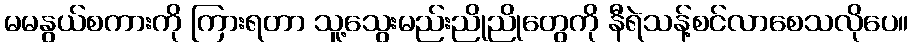
မမနွယ်စကားကို ကြားရတာ သူ့သွေးမည်းညိုညိုတွေကို နီရဲသန့်စင်လာစေသလိုပေ။